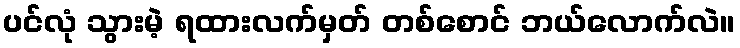
ပင်လုံ သွားမဲ့ ရထားလက်မှတ် တစ်စောင် ဘယ်လောက်လဲ။